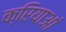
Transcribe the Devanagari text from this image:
क्रियाआं